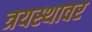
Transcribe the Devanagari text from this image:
त्रयस्थावर